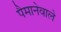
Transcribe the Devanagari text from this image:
पैमानेवाले